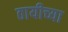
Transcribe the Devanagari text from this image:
ठायीच्या